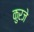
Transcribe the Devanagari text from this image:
कुरजे